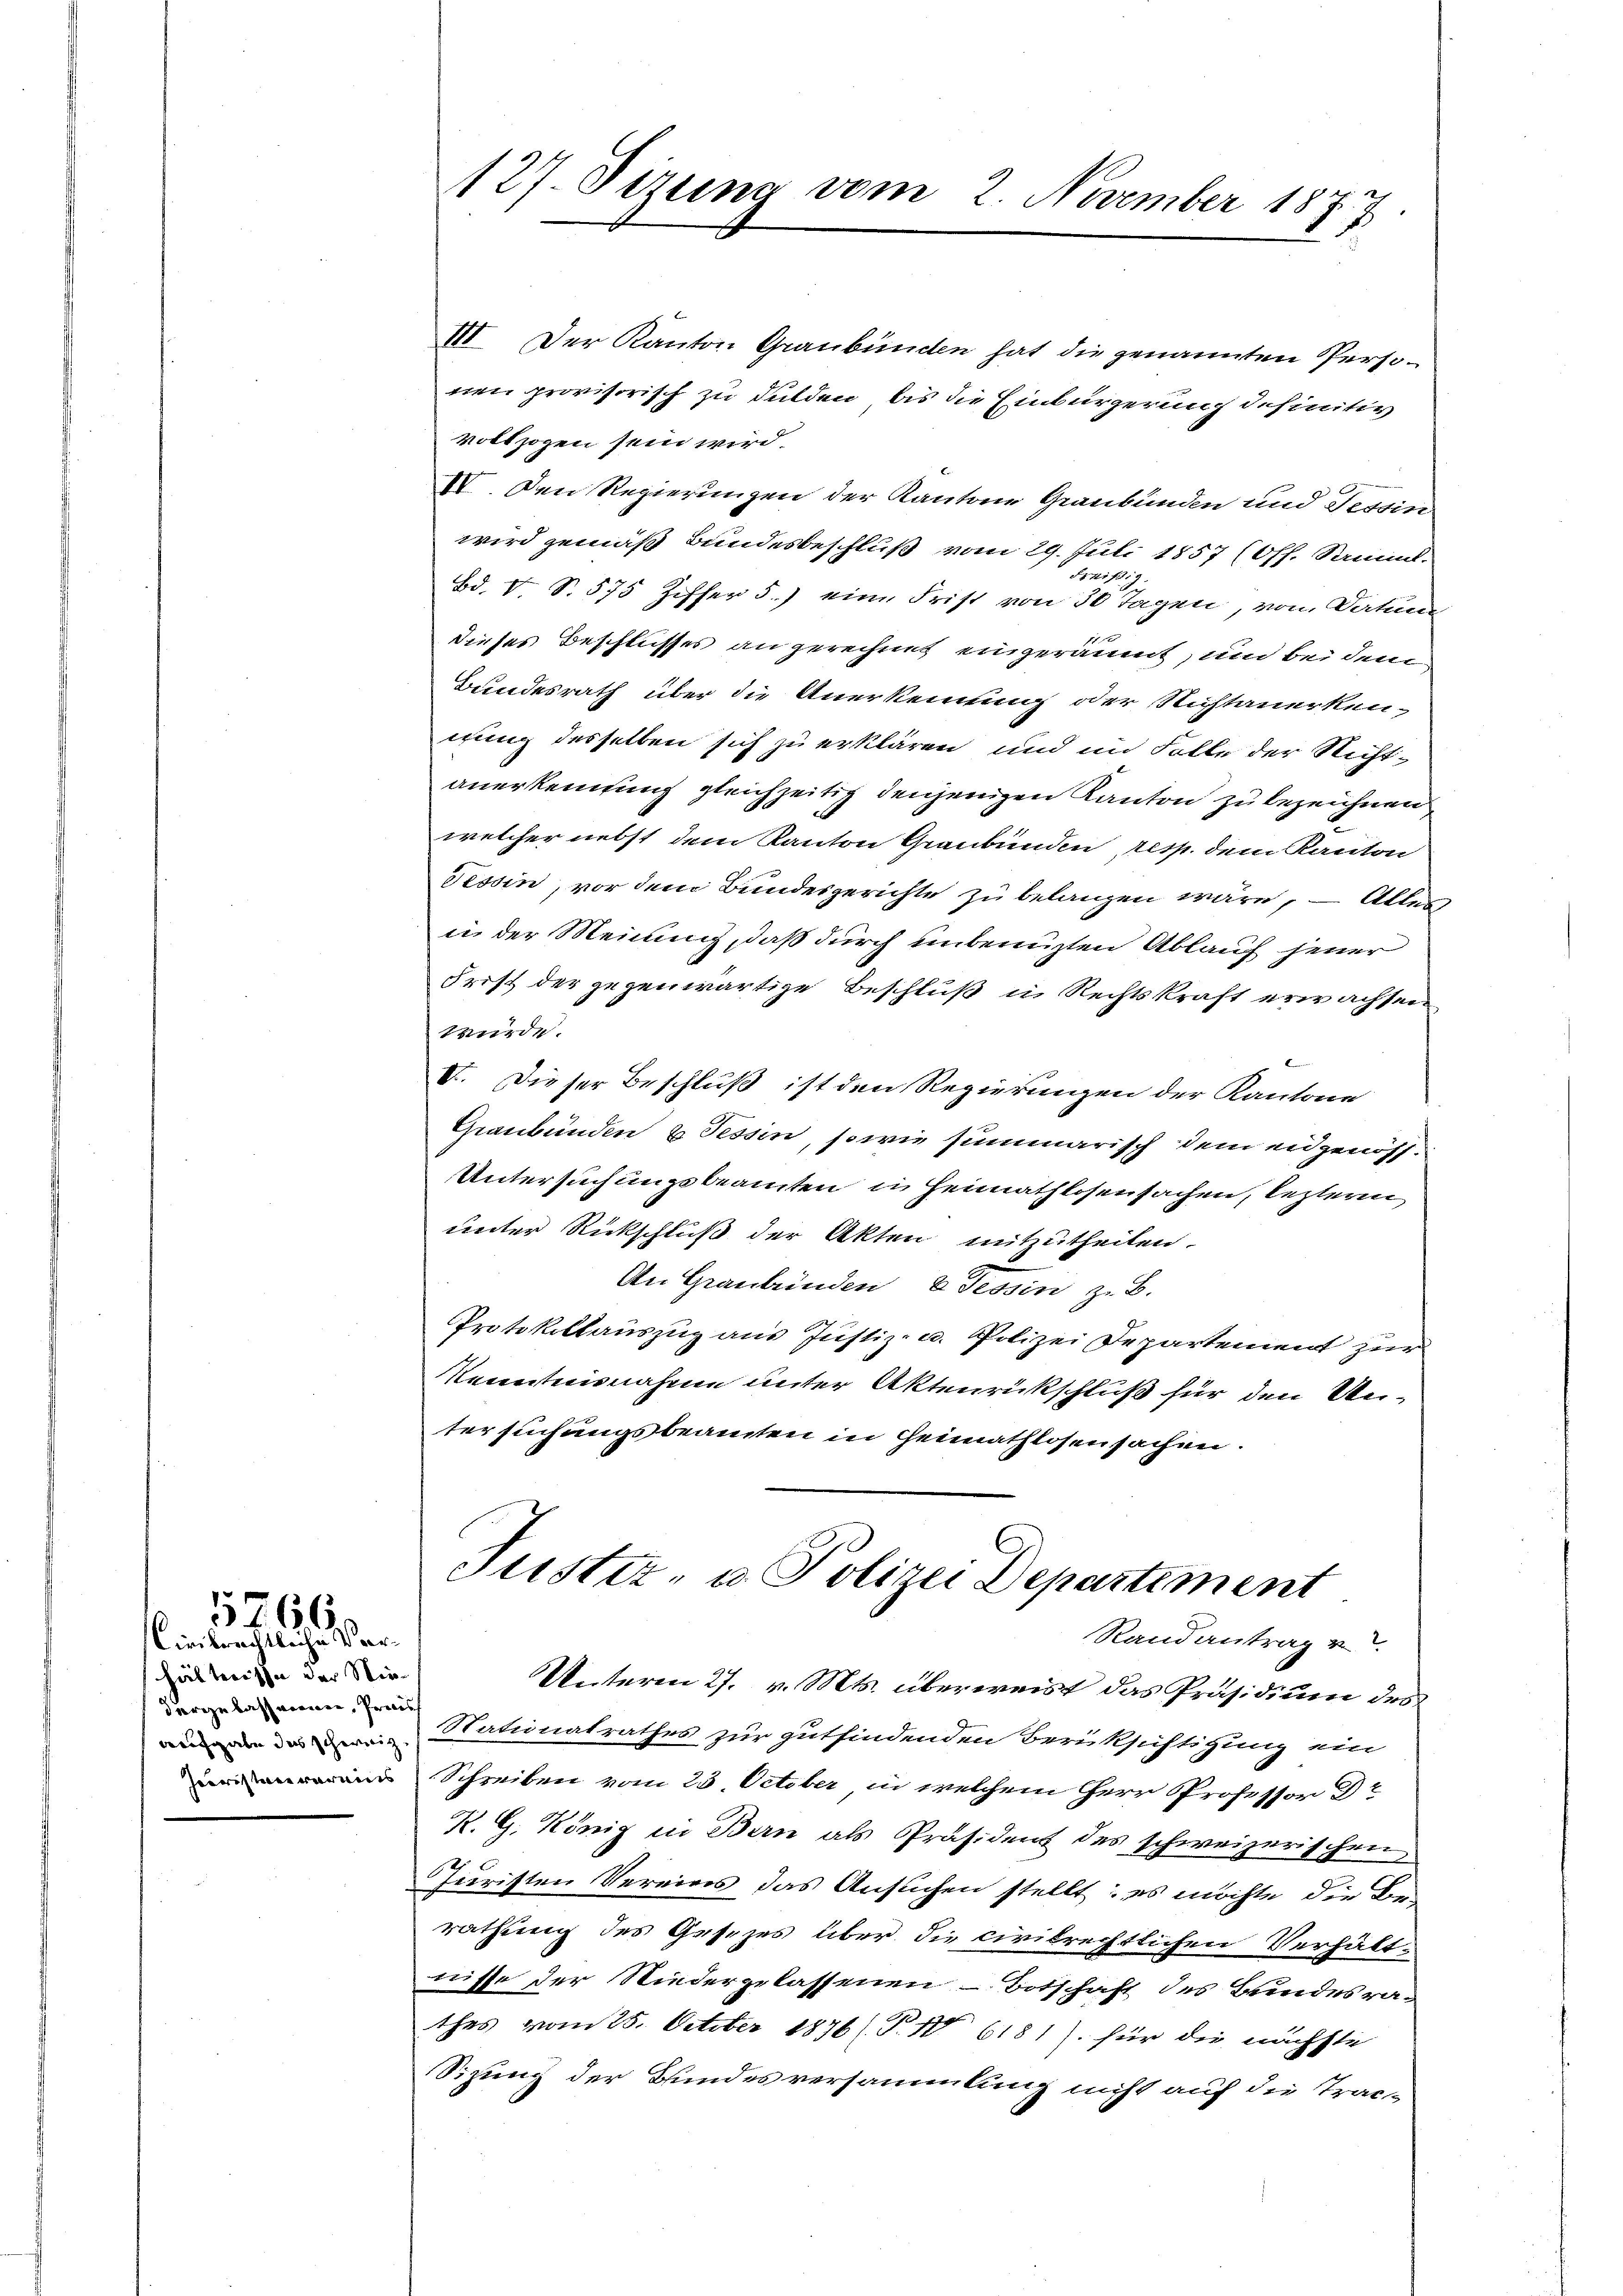
Civilrechtliche Vorhältnisse der Wiedergebahnernen, Process
Juristere vereins

5766.

III. Der Kanton Graubünden hat die genannten Personen provisorisch zu dulden, bis die Einbürgerung definitiv
vollzogen sein wird.
IV. Den Regierungen der Kantone Graubünden und Tessin
wird gemäß Bundesbeschluß vom 29. Juli 1857 (Off. Samml.
2171 f.
Bd. V. S. 575 Ziffer 5.) eine Frist von 30 Tagen, von Datum
dieses Beschlusses angerechnet eingeräumt, und bei dem
Bundesrath über die Anerkennung oder Nichtanerkenirung desselben sich zu erklären und im Falle der Nichtanerkennung gleichzeitig denjenigen Kanton zu bezeichnen
welcher nebst dem Kanton Graubünden resp. dem Kanton
Tessin, vor dem Bundesgerichte zu belangen wäre, – Aller
in der Meinung, daß durch unbenuzten Ablauf jener
Frist der gegenwärtige Beschluß in Rechtskraft erwachsen
würde.
e
I. Dieser Beschluß ist den Regierungen der Kantone
Graubünden & Tessin, sowie summarisch dem eidgenöss¬
Untersuchungsbeamten in Heimathlosensachen, lezteren,
unter Rückschluß der Akten mitzutheilen.
An Graubünden 2 Tessin zu B.
Protokollauszug aus Justiz- u. Polizei Departement zur
Kenntnisnahme unter Aktenrückschluß für den Untersuchungsbeamten in Heimathlosensachen.

127. Sizung vom 2. November 1877.

Justiz- u. Polizei Departement
Randantrag v

Unterm 27. v. Mts. überweist das Präsidium des
Satinatrathes zur gutfindenden Berüksichtigung ein
Schreiben vom 23. October in welchem Herr Professor Br
R. G. König in Bern als Präsident des schweizerischen
Juristen Vereins das Ansuchen stellt: es möchte die Be-
rathung des Gesezes über die civilrechtlichen Verhält-
nisse der Niedergelassenen Botschaft des Brindesrathes vom 25. October 1876 (T.16181) für die nächste
Sizung der Bundesversammlung nicht auf die Trac-